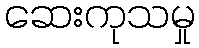
ဆေးကုသမှု